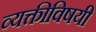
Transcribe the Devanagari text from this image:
व्यक्तीविषयी